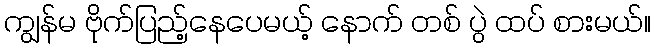
ကျွန်မ ဗိုက်ပြည့်နေပေမယ့် နောက် တစ် ပွဲ ထပ် စားမယ်။